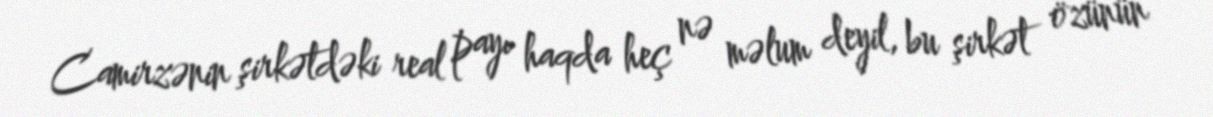
Camirzənin şirkətdəki real payı haqda heç nə məlum deyil, bu şirkət özünün